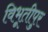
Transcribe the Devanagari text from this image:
विभूतीपुर